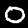
Label: 0